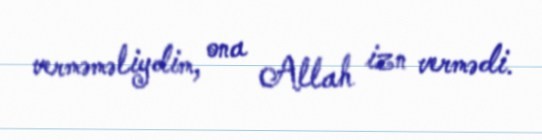
verməməliydim, ona Allah izn vermədi.